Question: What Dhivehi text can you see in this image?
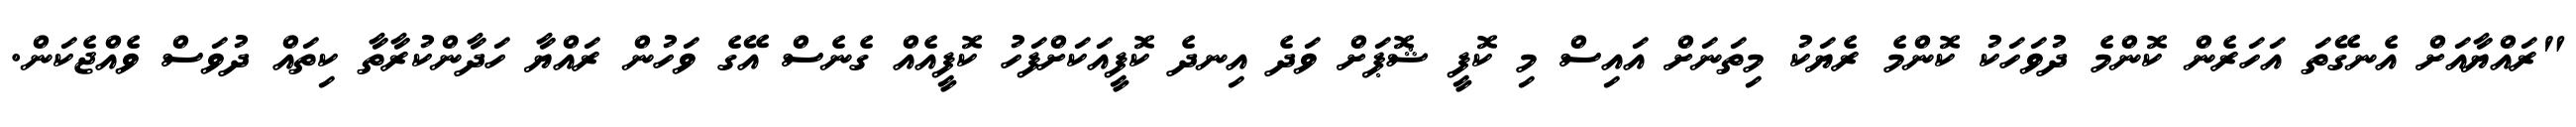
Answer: "ރައްޔާއަށް އެނގޭތަ އަހަރެން ކޮންމެ ދުވަހަކު ކޮންމެ ރެޔަކު މިތަނަށް އައިސް މި ކޮފީ ޝޮޕަށް ވަދެ އިނދެ ކޮފީއަކަށްފަހު ކޮފީއެއް ގެނެސް އޭގެ ވަހުން ރައްޔާ ހަދާންކުރާތާ ކިތައް ދުވަސް ވެއްޖެކަން.